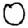
Digit: 0